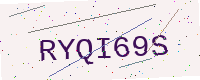
Text: RYQI69S